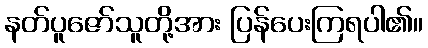
နတ်ပူဇော်သူတို့အား ပြန်ပေးကြရပါ၏။